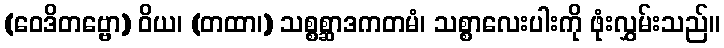
(ဝေဒိတဗ္ဗော) ဝိယ၊ (တထာ၊) သစ္စစ္ဆာဒကတမံ၊ သစ္စာလေးပါးကို ဖုံးလွှမ်းသည်။